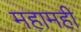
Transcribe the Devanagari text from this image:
महामही